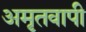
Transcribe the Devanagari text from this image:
अमृतवापी